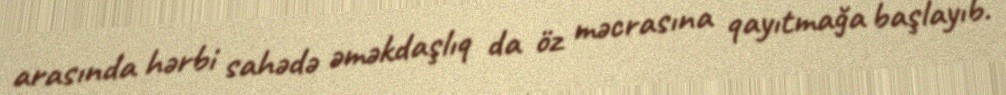
arasında hərbi sahədə əməkdaşlıq da öz məcrasına qayıtmağa başlayıb.